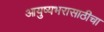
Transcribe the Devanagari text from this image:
आयुष्यभरासाठीचा